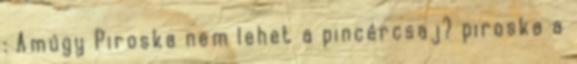
: Amúgy Piroska nem lehet a pincércsaj? piroska a